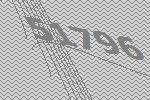
51796